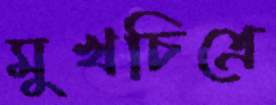
মুখচিত্রে